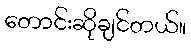
တောင်းဆိုချင်တယ်။